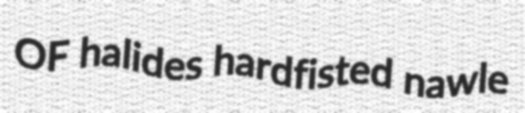
OF halides hardfisted nawle